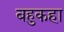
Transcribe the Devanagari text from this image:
बहुकहा